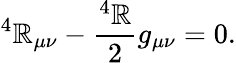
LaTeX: ^4{\cal\mathbb{R}}_{\mu\nu}-\frac{{^4{\cal\mathbb{R}}}}{{2}}g_{\mu\nu}=0.